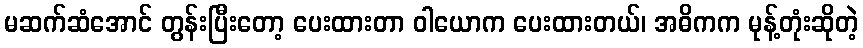
မဆက်ဆံအောင် တွန်းပြီးတော့ ပေးထားတာ ဝါယောက ပေးထားတယ်၊ အဓိကက မုန့်တုံးဆိုတဲ့